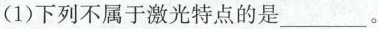
(1)下列不属于激光特点的是___。